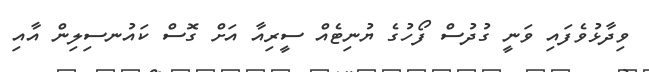
ވިދާޅުވެފައި ވަނީ ގުދުސް ފޯހުގެ ޔުނިޓެއް ސީރިއާ އަށް ގޮސް ކައުނސިލިން އާއި